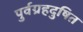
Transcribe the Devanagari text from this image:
पुर्वग्रहदुषित